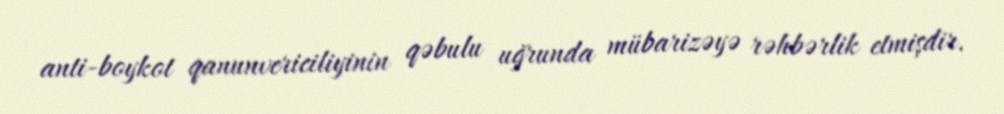
anti-boykot qanunvericiliyinin qəbulu uğrunda mübarizəyə rəhbərlik etmişdir.